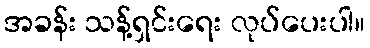
အခန်း သန့်ရှင်းရေး လုပ်ပေးပါ။